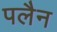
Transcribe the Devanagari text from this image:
पलैन